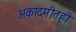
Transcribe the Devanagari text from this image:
अकादमीतही